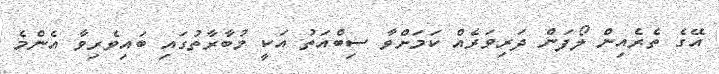
އޭގެ ތެރެއިން ލޯފަން ދަރިވަރެއް ކަމަށްވާ ސިބްއަތު އަކީ މުބާރާތުގައި ބައިވެރިވާ އެންމެ